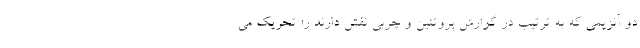
دو آنزیمی که به ترتیب در گوارش پروتئین و چربی نقش دارند را تحریک می